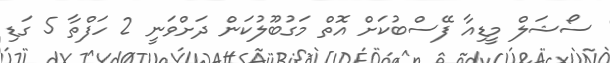
ސޯޝަލް މީޑިއާ ފޭސްބުކަށް އޮތް މަގުބޫލުކަން ދަށްވަނީ 2 ހަފްތާ 5 ގަޑި